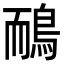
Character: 鴯